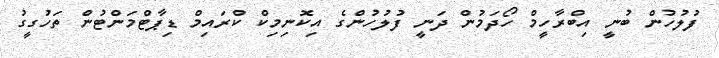
ފުލުހުން ބުނީ އިބްރާހީމް ހޯދަމުން ދަނީ ފުލުހުންގެ އިކޮނިމިކް ކްރައިމް ޑިޕާޓްމަންޓުން ތަހުގީގު